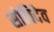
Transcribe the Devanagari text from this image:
सोविदेव